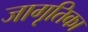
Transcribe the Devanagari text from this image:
जागृतिका